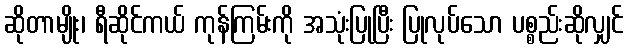
ဆိုတာမျိုး၊ ရီဆိုင်ကယ် ကုန်ကြမ်းကို အသုံးပြုပြီး ပြုလုပ်သော ပစ္စည်းဆိုလျှင်